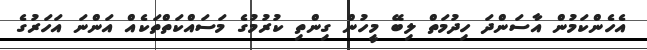
އެހެންކަމުން އާސަންދަ ހިދުމަތް ލިބޭ މީހުން ގިންތި ކުރުމުގެ މަސައްކަތްތަކެއް އަންނަ އަހަރުގެ